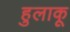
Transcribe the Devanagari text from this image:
हुलाकू